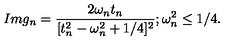
I m g _ { n } = \frac { 2 \omega _ { n } t _ { n } } { [ t _ { n } ^ { 2 } - \omega _ { n } ^ { 2 } + 1 / 4 ] ^ { 2 } } ; \omega _ { n } ^ { 2 } \leq 1 / 4 .